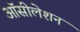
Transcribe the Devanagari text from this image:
ऑसीलेशन